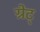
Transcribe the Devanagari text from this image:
ग्रेट्